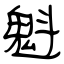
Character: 魁